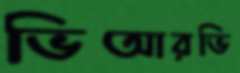
ভিআরভি